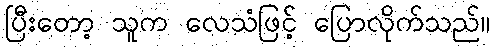
ပြီးတော့ သူက လေသံဖြင့် ပြောလိုက်သည်။